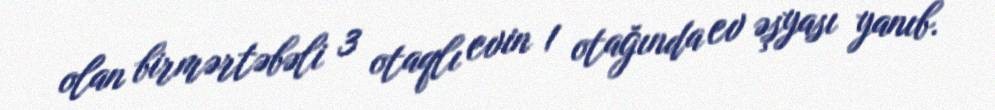
olan birmərtəbəli 3 otaqlı evin 1 otağında ev əşyası yanıb.